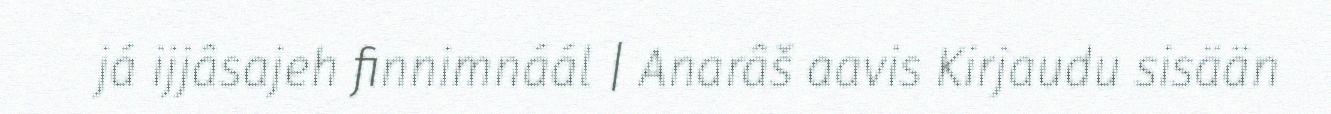
já ijjâsajeh finnimnáál | Anarâš aavis Kirjaudu sisään